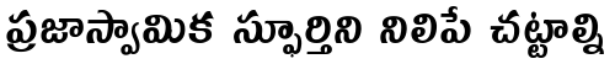
ప్రజాస్వామిక స్ఫూర్తిని నిలిపే చట్టాల్ని